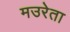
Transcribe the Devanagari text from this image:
मउरेता